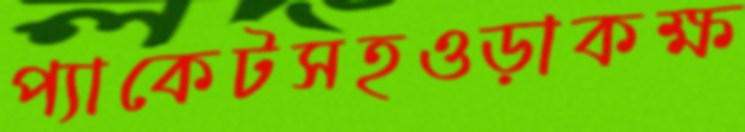
প্যাকেটসহওড়াকক্ষ